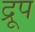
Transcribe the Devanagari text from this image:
द्रूप